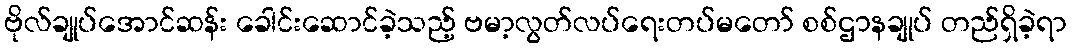
ဗိုလ်ချုပ်အောင်ဆန်း ခေါင်းဆောင်ခဲ့သည့် ဗမာ့လွတ်လပ်ရေးတပ်မတော် စစ်ဌာနချုပ် တည်ရှိခဲ့ရာ